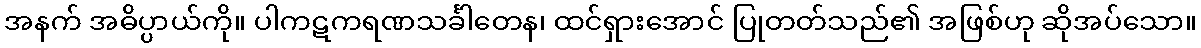
အနက် အဓိပ္ပာယ်ကို။ ပါကဋကရဏသင်္ခါတေန၊ ထင်ရှားအောင် ပြုတတ်သည်၏ အဖြစ်ဟု ဆိုအပ်သော။